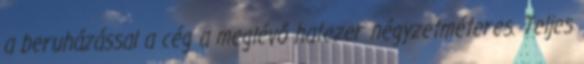
a beruházással a cég a meglévő hatezer négyzetméteres. Teljes